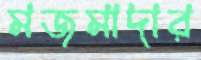
মজমাদার